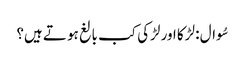
سُوال : لڑکا اور لڑکی کب بالغ ہو تے ہیں؟